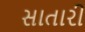
સાતારી